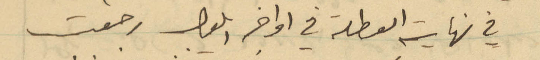
في نهاية العطلة في اواخر ايلول رجعت